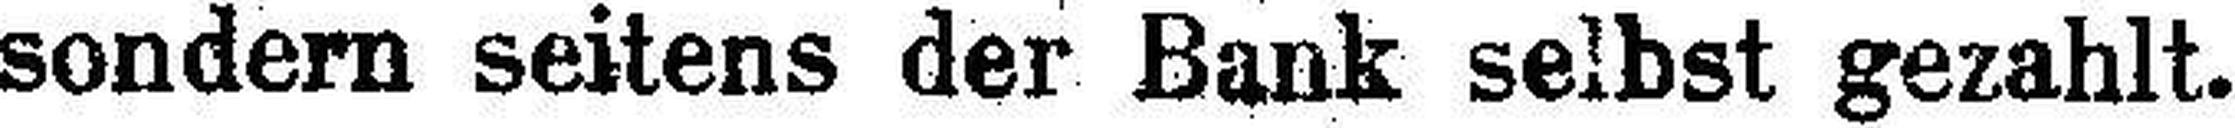
sondern seitens der Bank selbst gezahlt.